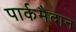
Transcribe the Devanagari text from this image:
पार्कमैदान